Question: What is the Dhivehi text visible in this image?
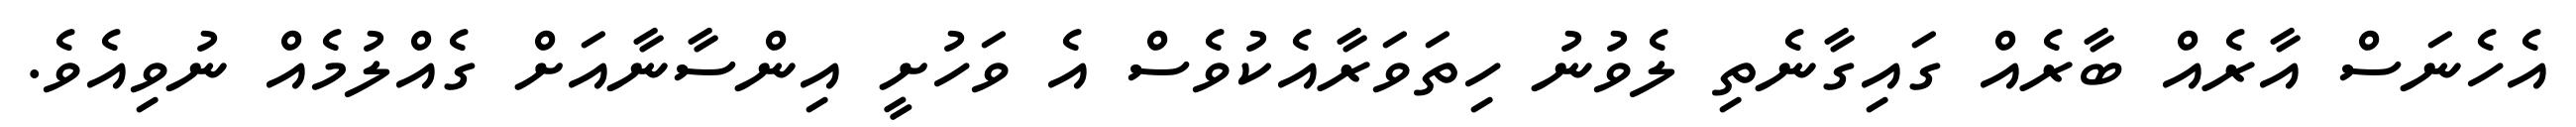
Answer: އެހެނަސް އާރެއް ބާރެއް ގައިގާނެތި ލެވުނު ހިތަވަރާއެކުވެސް އެ ވަހުށީ އިންސާނާއަށް ގެއްލުމެއް ނުވިއެވެ.